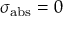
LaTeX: \sigma _ { \mathrm { a b s } } = 0